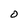
Character: O